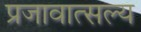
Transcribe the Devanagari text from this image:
प्रजावात्सल्य